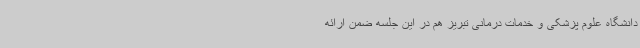
دانشگاه علوم پزشکی و خدمات درمانی تبریز هم در این جلسه ضمن ارائه